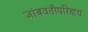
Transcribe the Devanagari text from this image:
जांबवतीपरिणय